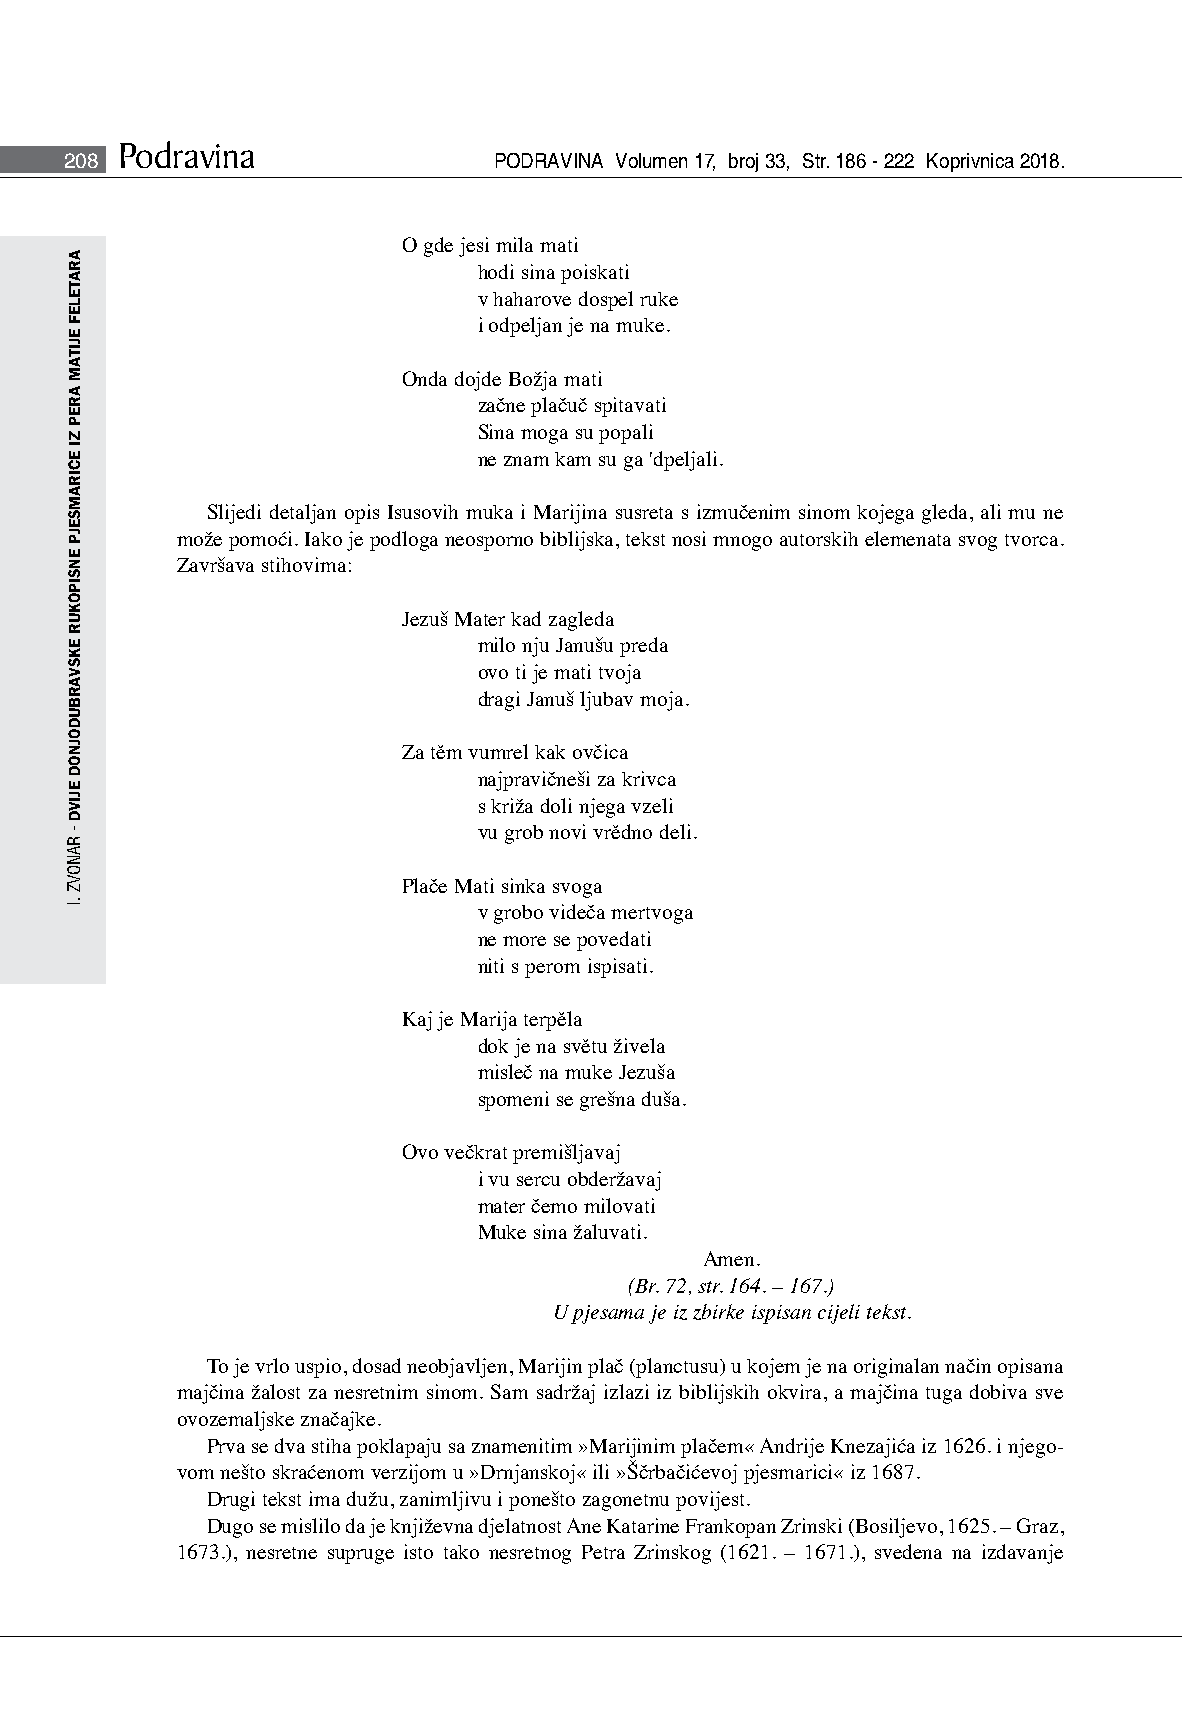
Podravina
 208                          PODRAVINA Volumen 17, broj 33, Str. 186 - 222 Koprivnica 2018.
 O gde jesi mila mati
 hodi sina poiskati
 v haharove dospel ruke
 i odpeljan je na muke.
 Onda dojde Božja mati
 začne plačuč spitavati
 Sina moga su popali
 ne znam kam su ga 'dpeljali.
 Slijedi detaljan opis Isusovih muka i Marijina susreta s izmučenim sinom kojega gleda, ali mu ne
 može pomoći. Iako je podloga neosporno biblijska, tekst nosi mnogo autorskih elemenata svog tvorca.
 Završava stihovima:
 Jezuš Mater kad zagleda
 milo nju Janušu preda
 ovo ti je mati tvoja
 dragi Januš ljubav moja.
 Za těm vumrel kak ovčica
 najpravičneši za krivca
 s križa doli njega vzeli
 vu grob novi vrědno deli.
 Plače Mati sinka svoga
 v grobo videča mertvoga
 ne more se povedati
 niti s perom ispisati.
 Kaj je Marija terpěla
 dok je na světu živela
 misleč na muke Jezuša
 spomeni se grešna duša.
 Ovo večkrat premišljavaj
 i vu sercu obderžavaj
 mater čemo milovati
 Muke sina žaluvati.
 Amen.
 (Br. 72, str. 164. – 167.)
 U pjesama je iz zbirke ispisan cijeli tekst.
 To je vrlo uspio, dosad neobjavljen, Marijin plač (planctusu) u kojem je na originalan način opisana
 majčina žalost za nesretnim sinom. Sam sadržaj izlazi iz biblijskih okvira, a majčina tuga dobiva sve
 ovozemaljske značajke.
 Prva se dva stiha poklapaju sa znamenitim »Marijinim plačem« Andrije Knezajića iz 1626. i njego-
 vom nešto skraćenom verzijom u »Drnjanskoj« ili »Ščrbačićevoj pjesmarici« iz 1687.
 Drugi tekst ima dužu, zanimljivu i ponešto zagonetnu povijest.
 Dugo se mislilo da je književna djelatnost Ane Katarine Frankopan Zrinski (Bosiljevo, 1625. – Graz,
 1673.), nesretne supruge isto tako nesretnog Petra Zrinskog (1621. – 1671.), svedena na izdavanje
 ARATELEF
 EJITAM
 AREP
 ZI
 ECIRAMSEJP
 ENSIPOKUR
 EKSVARBUDOJNOD
 EJIVD
 -
 RANOVZ
 .I